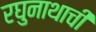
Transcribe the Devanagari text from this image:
रघुनाथाची